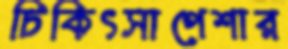
চিকিৎসাপেশার